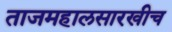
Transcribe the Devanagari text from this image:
ताजमहालसारखीच